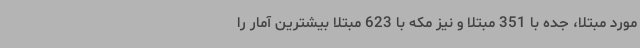
مورد مبتلا، جده با 351 مبتلا و نیز مکه با 623 مبتلا بیشترین آمار را